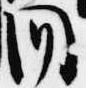
問